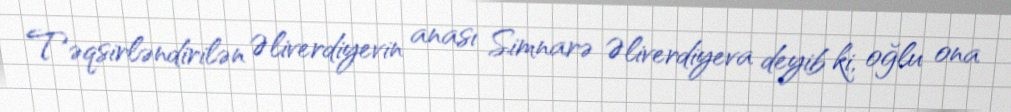
Təqsirləndirilən Əliverdiyevin anası Simnarə Əliverdiyeva deyib ki, oğlu ona